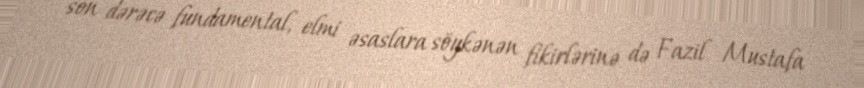
son dərəcə fundamental, elmi əsaslara söykənən fikirlərinə də Fazil Mustafa